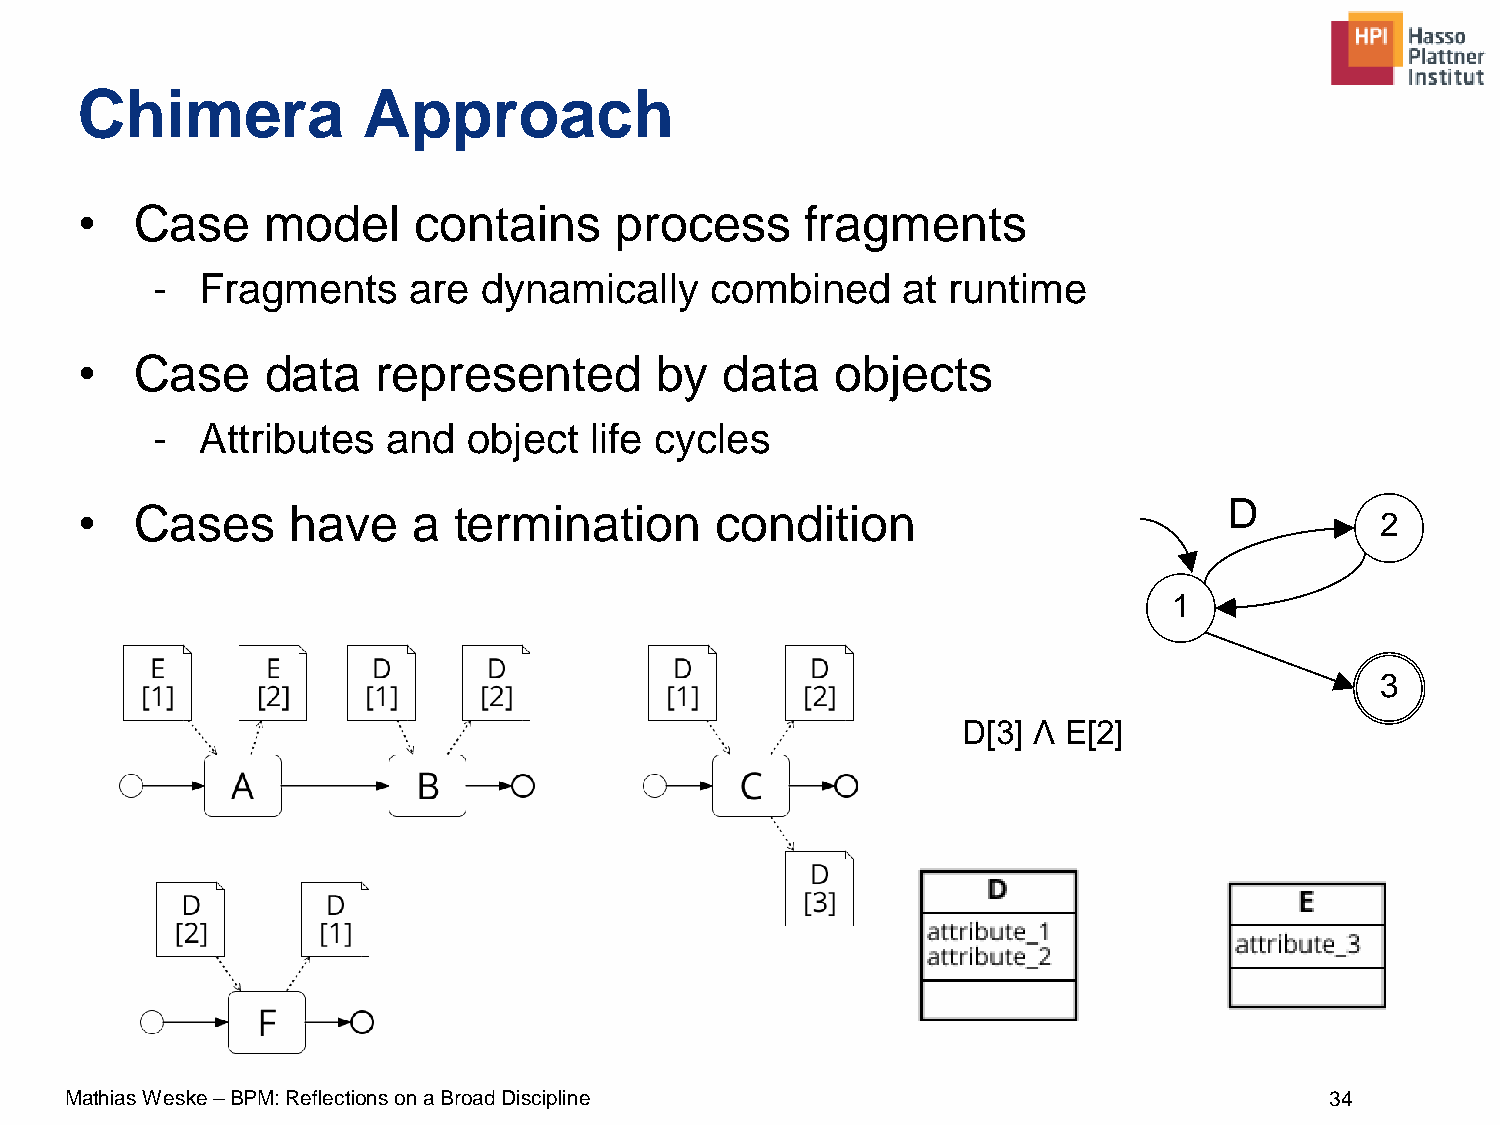
Chimera            Approach
 •   Case     model    contains      process     fragments
 -  Fragments     are  dynamically    combined     at runtime
 •   Case     data   represented       by   data   objects
 -  Attributes   and  object  life cycles
 D
 •   Cases     have    a  termination      condition
 2
 1
 3
 D[3] Ʌ E[2]
 Mathias Weske –BPM: Reflections on a Broad Discipline                               34